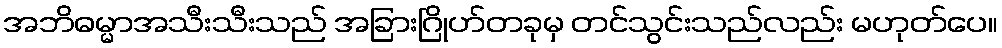
အဘိဓမ္မာအသီးသီးသည် အခြားဂြိုဟ်တခုမှ တင်သွင်းသည်လည်း မဟုတ်ပေ။